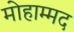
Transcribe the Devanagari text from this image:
मोहाम्मद